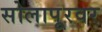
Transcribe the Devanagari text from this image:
सोलापूरवर